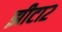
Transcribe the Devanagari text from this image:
झीटा२